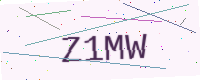
Text: Z1MW